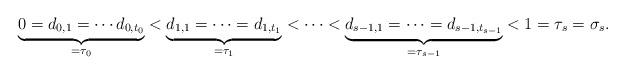
LaTeX: \begin{align*}\underbrace{ 0 = d_{0,1} = \cdots d_{0,t_0} }_{=\tau_0}< \underbrace{d_{1,1} = \cdots =d_{1, t_1}}_{=\tau_1} < \cdots <\underbrace{ d_{s-1,1} = \cdots =d_{s-1,t_{s-1}} }_{=\tau_{s-1}} <1 = \tau_{s} = \sigma_s.\end{align*}